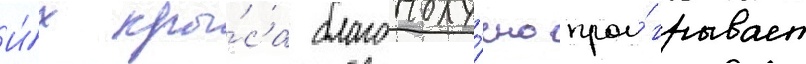
И́х кры́са благополу́чно прои́грывает